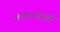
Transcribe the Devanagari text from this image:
आइवानोस्की